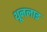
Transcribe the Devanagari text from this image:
थूनलाइ